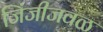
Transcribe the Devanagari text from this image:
जिंजीजवळ